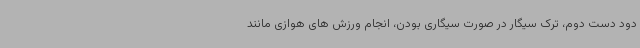
دود دست دوم، ترک سیگار در صورت سیگاری بودن، انجام ورزش های هوازی مانند